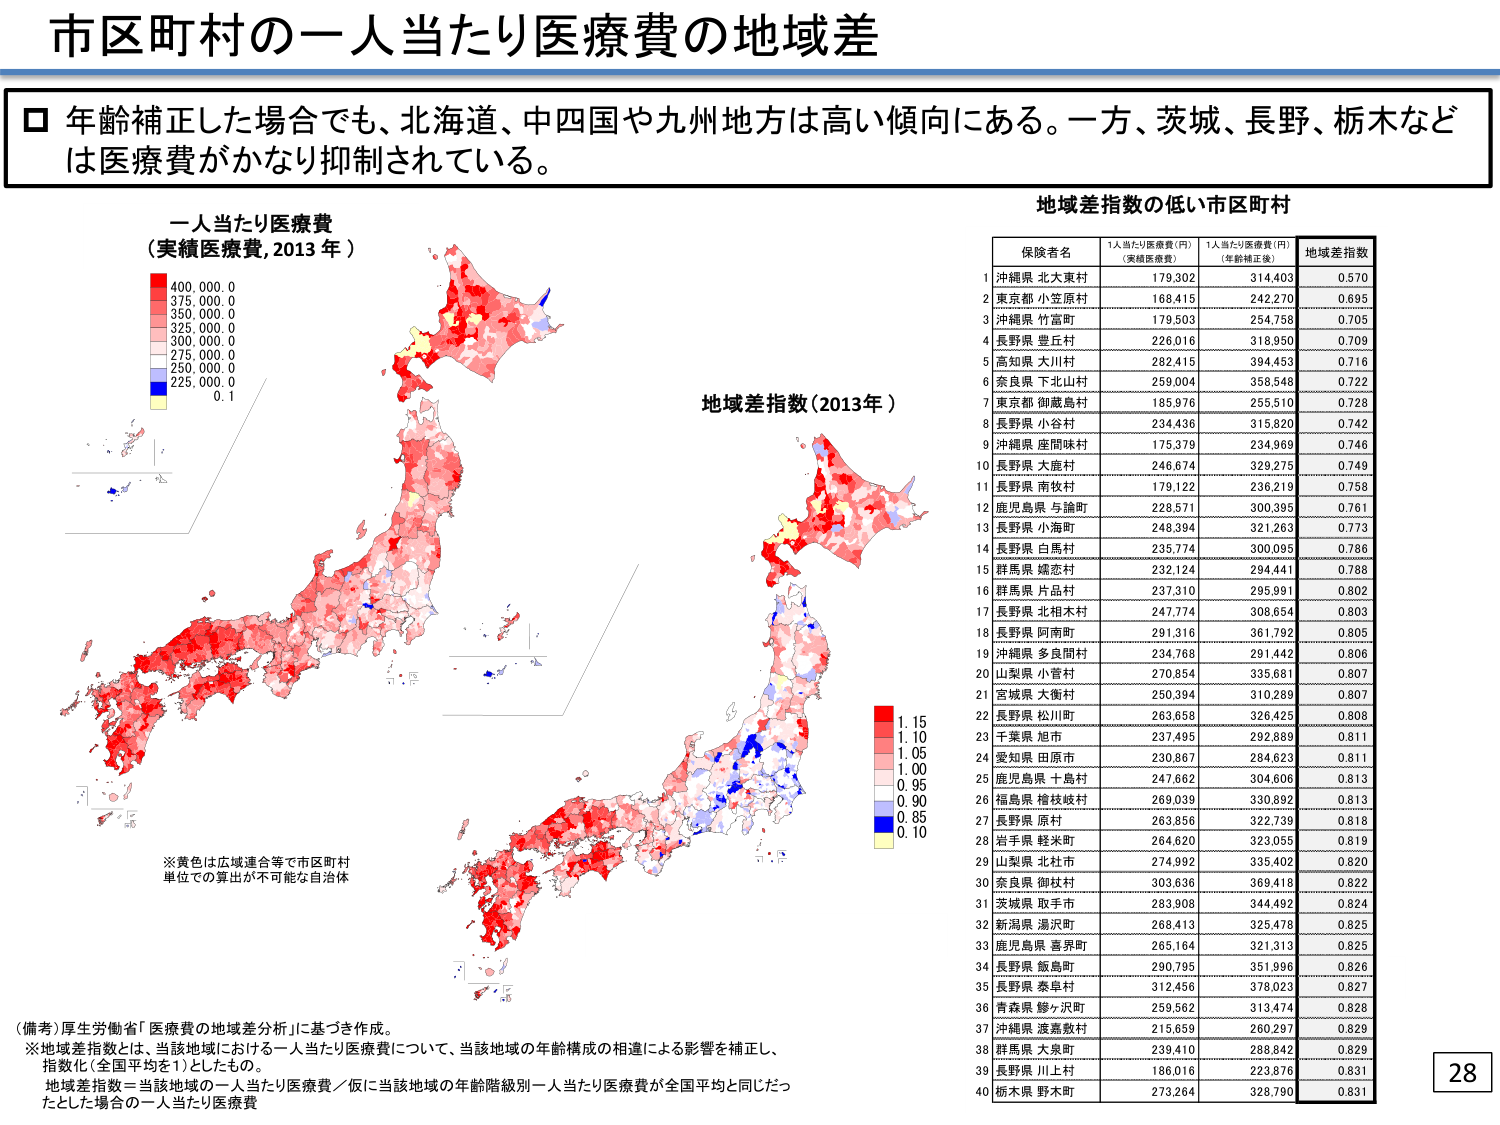
市区町村の一人当たり医療費の地域差

□ 年齢補正した場合でも、北海道、中四国や九州地方は高い傾向にある。一方、茨城、長野、栃木などは医療費がかなり抑制されている。

一人当たり医療費
（実績医療費, 2013年）

400,000.0
375,000.0
350,000.0
325,000.0
300,000.0
275,000.0
250,000.0
225,000.0
0.1

※黄色は広域連合等で市区町村単位での算出が不可能な自治体

地域差指数（2013年）

1.15
1.10
1.05
1.00
0.95
0.90
0.85
0.10

地域差指数の低い市区町村

保険者名 1人当たり医療費（円）（実績医療費） 1人当たり医療費（円）（年齢補正後） 地域差指数
1 沖縄県 北大東村 179,302 314,403 0.570
2 東京都 小笠原村 168,415 242,270 0.695
3 沖縄県 竹富町 179,503 254,758 0.705
4 長野県 豊丘村 226,016 318,950 0.709
5 高知県 大川村 282,415 394,453 0.716
6 奈良県 下北山村 259,004 358,548 0.722
7 東京都 御蔵島村 185,976 255,510 0.728
8 長野県 小谷村 234,436 315,820 0.742
9 沖縄県 座間味村 175,379 234,969 0.746
10 長野県 大鹿村 246,674 329,275 0.749
11 長野県 南牧村 179,122 236,219 0.758
12 鹿児島県 与論町 228,571 300,395 0.761
13 長野県 小海町 248,394 321,263 0.773
14 長野県 白馬村 235,774 300,095 0.786
15 群馬県 嬬恋村 232,124 294,441 0.788
16 群馬県 片品村 237,310 295,991 0.802
17 長野県 北相木村 247,774 308,654 0.803
18 長野県 阿南町 291,316 361,792 0.805
19 沖縄県 多良間村 234,768 291,442 0.806
20 山梨県 小菅村 270,854 335,681 0.807
21 宮城県 大衡村 250,394 310,289 0.807
22 長野県 松川町 263,658 326,425 0.808
23 千葉県 旭市 237,495 292,889 0.811
24 愛知県 田原市 230,867 284,623 0.811
25 鹿児島県 十島村 247,662 304,606 0.813
26 福島県 檜枝岐村 269,039 330,892 0.813
27 長野県 原村 263,856 322,739 0.816
28 岩手県 軽米町 264,620 323,055 0.819
29 山梨県 北杜市 274,992 335,402 0.820
30 奈良県 御杖村 303,636 369,418 0.822
31 茨城県 取手市 283,908 344,492 0.824
32 新潟県 湯沢町 268,413 325,478 0.825
33 鹿児島県 喜界町 265,164 321,313 0.825
34 長野県 飯島町 290,795 351,996 0.826
35 長野県 泰阜村 312,456 378,023 0.827
36 青森県 鰺ヶ沢町 259,562 313,474 0.828
37 沖縄県 渡嘉敷村 215,659 260,297 0.829
38 群馬県 大泉町 238,410 288,842 0.829
39 長野県 川上村 186,016 223,876 0.831
40 栃木県 野木町 273,264 328,790 0.831

（備考）厚生労働省「医療費の地域差分析」に基づき作成。
※地域差指数とは、当該地域における一人当たり医療費について、当該地域の年齢構成の相違による影響を補正し、指数化（全国平均を1）としたもの。
地域差指数＝当該地域の一人当たり医療費／仮に当該地域の年齢階級別一人当たり医療費が全国平均と同じだったとした場合の一人当たり医療費

28